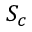
S _ { c }